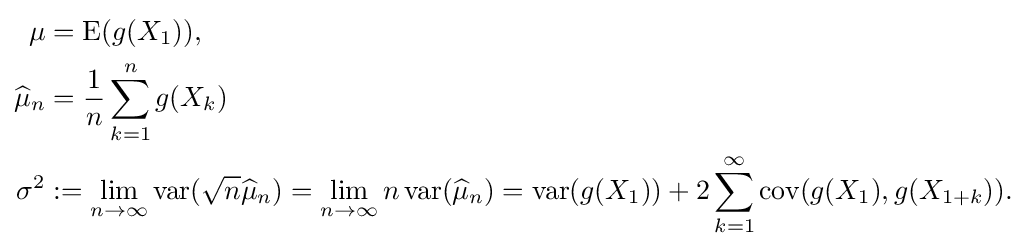
{\begin{aligned}\mu &=\operatorname {E} (g(X_{1})),\\{\widehat {\mu }}_{n}&={\frac {1}{n}}\sum _{k=1}^{n}g(X_{k})\\\sigma ^{2}&:=\lim _{n\to \infty }\operatorname {var} ({\sqrt {n}}{\widehat {\mu }}_{n})=\lim _{n\to \infty }n\operatorname {var} ({\widehat {\mu }}_{n})=\operatorname {var} (g(X_{1}))+2\sum _{k=1}^{\infty }\operatorname {cov} (g(X_{1}),g(X_{1+k})).\end{aligned}}